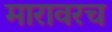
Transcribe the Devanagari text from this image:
मारावरच